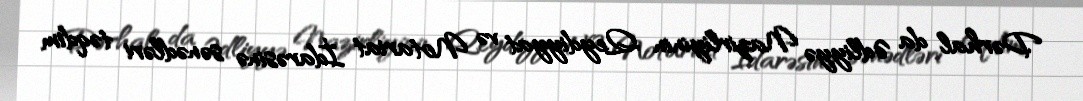
Dərhal da Ədliyyə Nazirliyinin Qeydiyyat və Notariat İdarəsinə sənədləri təqdim